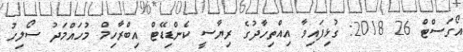
އޯގަސްޓް 26 2018: ގުޅިފައިވާ އިއްތިހާދުގެ ރިޔާސީ ކެންޑިޑޭޓް އިބްރާހިމް މުހައްމަދު ސޯލިހު